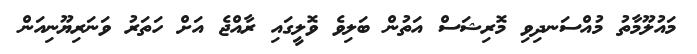
މައުލޫމާތު މުއްސަނދިވި މޮރިޝަސް އަތުން ބަލިވެ ވޮލީގައި ރާއްޖެ އަށް ހަތަރު ވަނަރިޔޫނިއަން